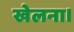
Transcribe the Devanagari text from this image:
खेलना।